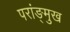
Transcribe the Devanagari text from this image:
परांङ्‌मुख